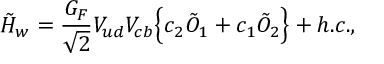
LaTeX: \tilde { H } _ { w } = { \frac { G _ { F } } { \sqrt { 2 } } } V _ { u d } V _ { c b } \Bigl \{ c _ { 2 } \tilde { O } _ { 1 } + c _ { 1 } \tilde { O } _ { 2 } \Bigr \} + h . c . ,